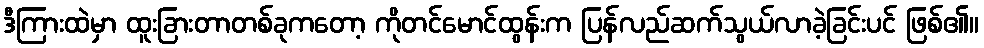
ဒီကြားထဲမှာ ထူးခြားတာတစ်ခုကတော့ ကိုတင်မောင်ထွန်းက ပြန်လည်ဆက်သွယ်လာခဲ့ခြင်းပင် ဖြစ်၏။